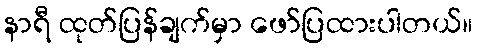
နာရီ ထုတ်ပြန်ချက်မှာ ဖော်ပြထားပါတယ်။